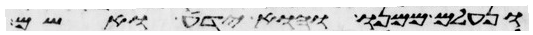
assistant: ונעלם ממנו והוא ידע ואשם